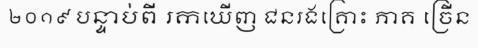
២០១៩ បន្ទាប់ពី រកឃើញ ជនរងគ្រោះ ភាគ ច្រើន